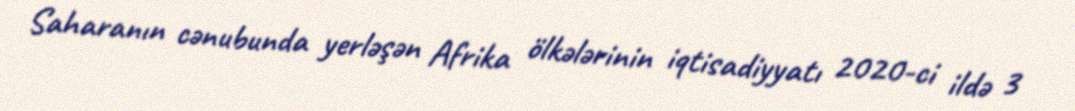
Saharanın cənubunda yerləşən Afrika ölkələrinin iqtisadiyyatı 2020-ci ildə 3